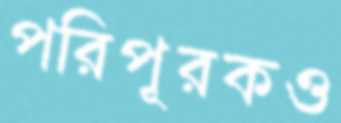
পরিপূরকও